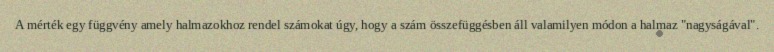
A mérték egy függvény amely halmazokhoz rendel számokat úgy, hogy a szám összefüggésben áll valamilyen módon a halmaz "nagyságával".